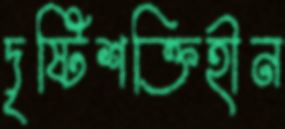
দৃষ্টিশক্তিহীন